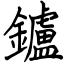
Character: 鑪